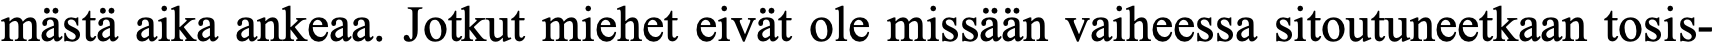
mästä aika ankeaa. Jotkut miehet eivät ole missään vaiheessa sitoutuneetkaan tosis-